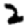
Digit: 2